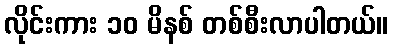
လိုင်းကား ၁၀ မိနစ် တစ်စီးလာပါတယ်။